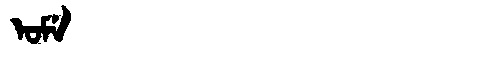
Manchu: ᠣᠮᡝ
Romanization: OME